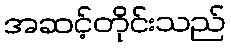
အဆင့်တိုင်းသည်